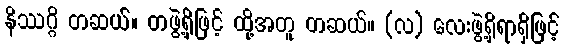
နိဿဂ္ဂိ တဆယ်။ တဖွဲ့ရှိဖြင့် ထို့အတူ တဆယ်။ (လ) လေးဖွဲ့ရှိရာရှိဖြင့်